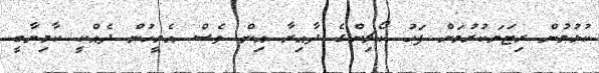
ކުޅުމުން ރިޓަޔަކުރުމަށް ފަހު ކޯޗިންގެ ދާއިރާ އިން ވެސް އެމީހުން ދެއްކީ ކާމިޔާބީ